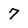
Character: 7